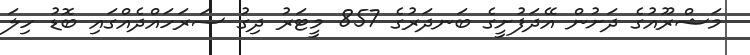
މަޝްރޫއުގެ ދަށުން އޭދަފުށީގެ ބަނދަރުގެ 857 މީޓަރު ދިގު ސަރަހައްދެއްގައި ބޮޑު ހިލަ